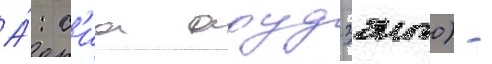
А́: с'иа арудзэнто) -